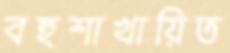
বহুশাখায়িত